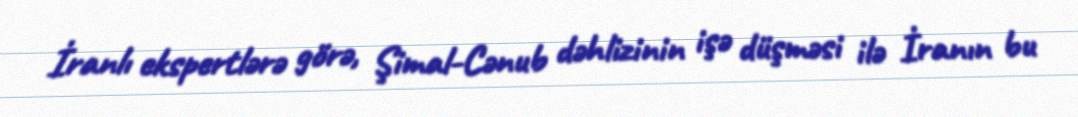
İranlı ekspertlərə görə, Şimal-Cənub dəhlizinin işə düşməsi ilə İranın bu